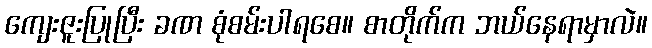
ကျေးဇူးပြုပြီး ခဏ စုံစမ်းပါရစေ။ စာတိုက်က ဘယ်နေရာမှာလဲ။